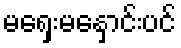
မရှေးမနှောင်းပင်